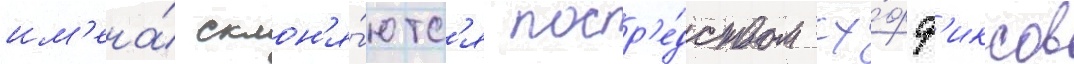
им'ена́ склон'я́ютс'я поср'е́дством су́фф'иксов